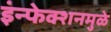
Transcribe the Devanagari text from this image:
इंन्फेक्शनमुळे